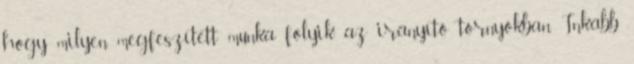
hogy milyen megfeszített munka folyik az irányító tornyokban. Inkább